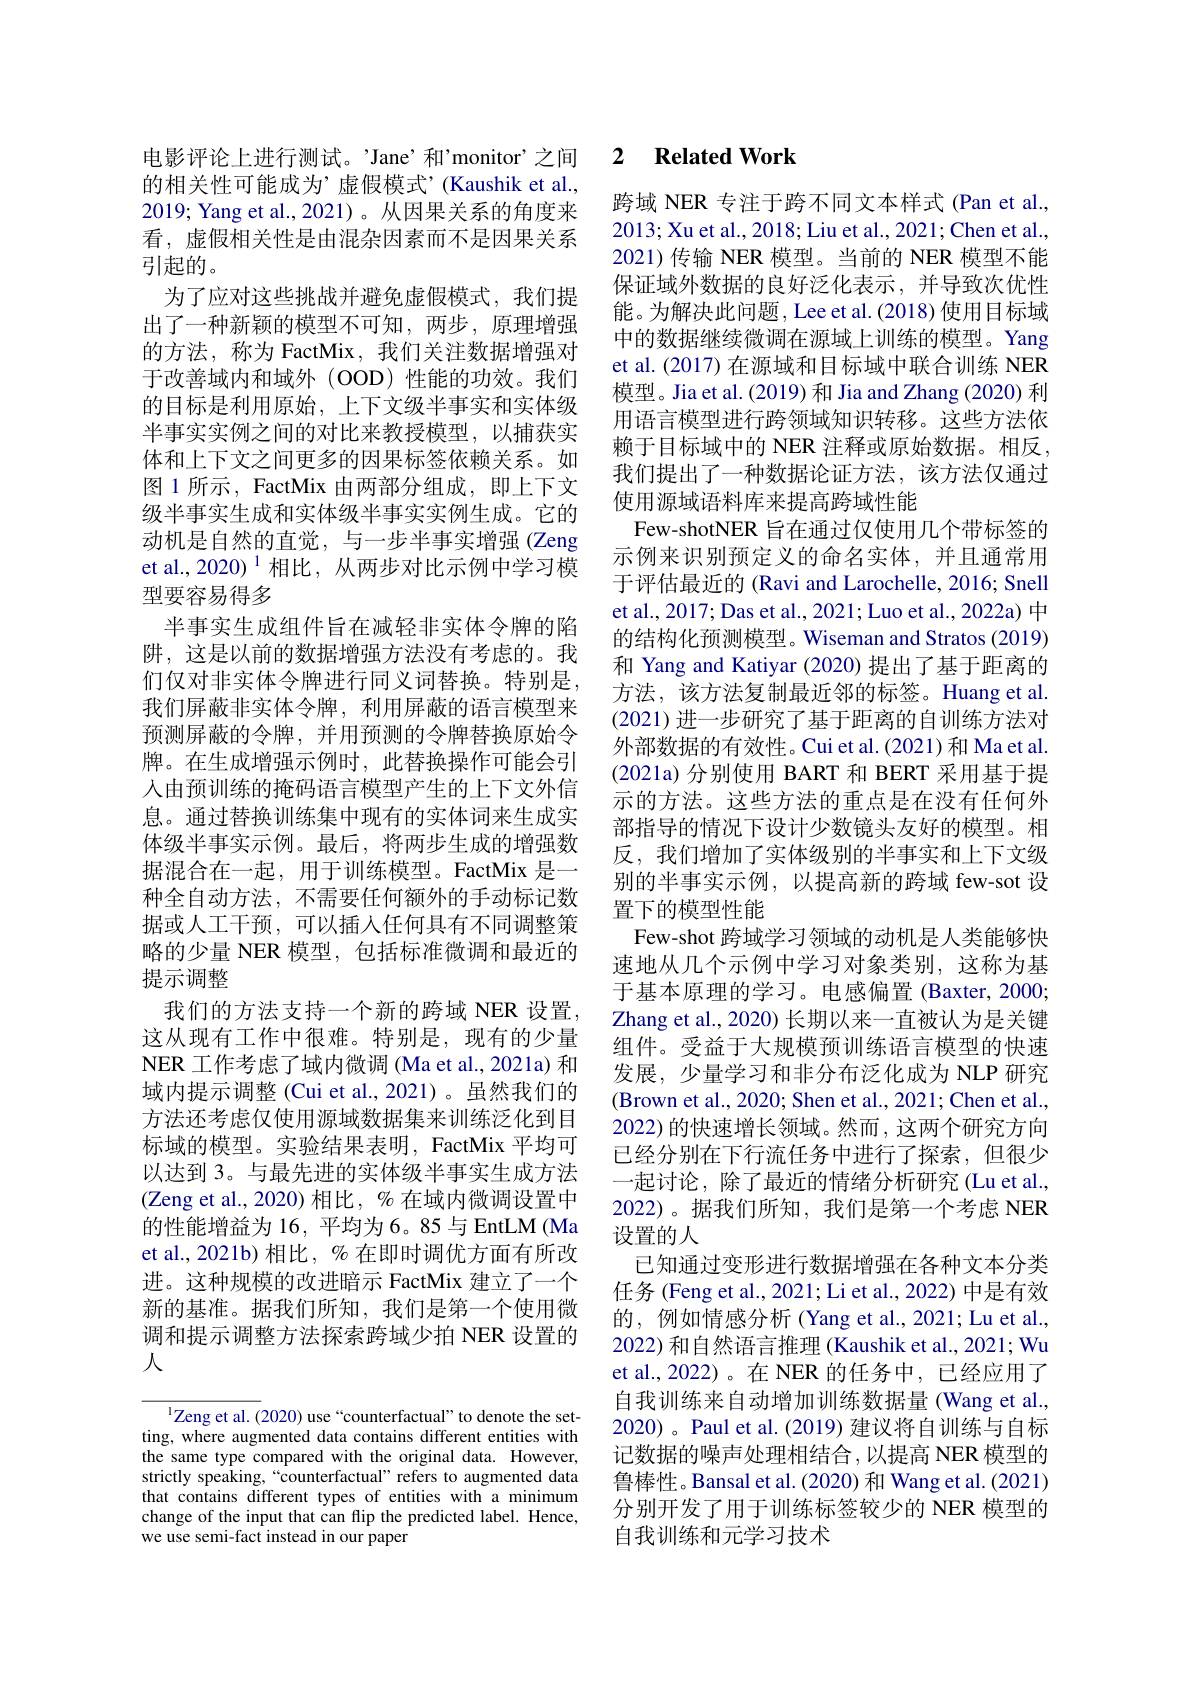
的相关性可能成为’虚假模式’(Kaushik et al., 2019; Yang et al.,2021)。从因果关系的角度来看，虚假相关性是由混杂因素而不是因果关系引起的。
为了应对这些挑战并避免虚假模式，我们提出了一种新颖的模型不可知，两步，原理增强的方法，称为 FactMix, 我们关注数据增强对于改善域内和域外(OOD)性能的功效。我们的目标是利用原始，上下文级半事实和实体级半事实实例之间的对比来教授模型，以捕获实体和上下文之间更多的因果标签依赖关系。如图 1 所示，FactMix 由两部分组成，即上下文级半事实生成和实体级半事实实例生成。它的动机是自然的直觉，与一步半事实增强(Zeng et al., 2020) $^{1}$相比，从两步对比示例中学习模型要容易得多
半事实生成组件旨在减轻非实体令牌的陷阱，这是以前的数据增强方法没有考虑的。我们仅对非实体令牌进行同义词替换。特别是， 我们屏蔽非实体令牌，利用屏蔽的语言模型来预测屏蔽的令牌，并用预测的令牌替换原始令牌。在生成增强示例时，此替换操作可能会引人由预训练的掩码语言模型产生的上下文外信息。通过替换训练集中现有的实体词来生成实体级半事实示例。最后，将两步生成的增强数据混合在一起，用于训练模型。FactMix 是一种全自动方法，不需要任何额外的手动标记数据或人工干预，可以插入任何具有不同调整策略的少量 NER 模型，包括标准微调和最近的提示调整
我们的方法支持一个新的跨域 NER 设置， 这从现有工作中很难。特别是，现有的少量NER 工作考虑了域内微调 (Ma et al., 2021a) 和域内提示调整 (Cui et al.,2021)。虽然我们的方法还考虑仅使用源域数据集来训练泛化到目标域的模型。实验结果表明，FactMix 平均可以达到 3。与最先进的实体级半事实生成方法(Zeng et al.,2020)相比，%在域内微调设置中的性能增益为 16, 平均为 6。85 与 EntLM (Ma et al., 2021b) 相比，% 在即时调优方面有所改进。这种规模的改进暗示 FactMix 建立了一个新的基准。据我们所知，我们是第一个使用微调和提示调整方法探索跨域少拍 NER 设置的人

$^{\mathrm{l}}$Zeng et al. (2020) use“counterfactual”to denote the setting, where augmented data contains different entities with the same type compared with the original data. However, strictly speaking,“counterfactual”refers to augmented data that contains different types of entities with a minimum change of the input that can flip the predicted label. Hence, we use semi-fact instead in our paper

### 电影评论上进行测试。’Jane’和’monitor’之间 2 $\textbf{Related Work}$

跨域 NER 专注于跨不同文本样式 (Pan et al., 2013; Xu et al., 2018; Liu et al., 2021; Chen et al., 2021)传输 NER 模型。当前的 NER 模型不能保证域外数据的良好泛化表示，并导致次优性能。为解决此问题，Lee et al. (2018) 使用目标域中的数据继续微调在源域上训练的模型。Yang et al. (2017) 在源域和目标域中联合训练 NER 模型。Jia et al. (2019) 和 Jia and Zhang (2020) 利用语言模型进行跨领域知识转移。这些方法依赖于目标域中的 NER 注释或原始数据。相反， 我们提出了一种数据论证方法，该方法仅通过使用源域语料库来提高跨域性能
Few-shotNER 旨在通过仅使用几个带标签的示例来识别预定义的命名实体，并且通常用于评估最近的 (Ravi and Larochelle, 2016; Snell et al., 2017; Das et al., 2021; Luo et al., 2022a) 中的结构化预测模型。Wiseman and Stratos (2019) 和 Yang and Katiyar (2020) 提出了基于距离的方法，该方法复制最近邻的标签。Huang et al. (2021)进一步研究了基于距离的自训练方法对外部数据的有效性。Cui et al.(2021) 和 Ma et al. $(2021a)$分别使用 BART 和 BERT 采用基于提示的方法。这些方法的重点是在没有任何外部指导的情况下设计少数镜头友好的模型。相反，我们增加了实体级别的半事实和上下文级别的半事实示例，以提高新的跨域 few-sot 设置下的模型性能
Few-shot 跨域学习领域的动机是人类能够快速地从几个示例中学习对象类别，这称为基于基本原理的学习。电感偏置(Baxter,2000; Zhang et al., 2020) 长期以来一直被认为是关键组件。受益于大规模预训练语言模型的快速发展，少量学习和非分布泛化成为 NLP 研究(Brown et al., 2020; Shen et al., 2021; Chen et al., 2022) 的快速增长领域。然而，这两个研究方向已经分别在下行流任务中进行了探索，但很少一起讨论，除了最近的情绪分析研究(Lu et al., 2022)。据我们所知，我们是第一个考虑 NER 设置的人
已知通过变形进行数据增强在各种文本分类任务 (Feng et al., 2021; Li et al., 2022) 中是有效的，例如情感分析 (Yang et al., 2021; Lu et al., 2022) 和自然语言推理 (Kaushik et al., 2021; Wu et al.,2022)。在 NER 的任务中，已经应用了自我训练来自动增加训练数据量(Wang et al., 2020)。Paul et al.(2019) 建议将自训练与自标记数据的噪声处理相结合，以提高 NER 模型的鲁棒性。Bansal et al.(2020) 和 Wang et al.(2021) 分别开发了用于训练标签较少的 NER 模型的自我训练和元学习技术